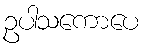
ဥပါသကောပေ